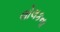
લોલકના